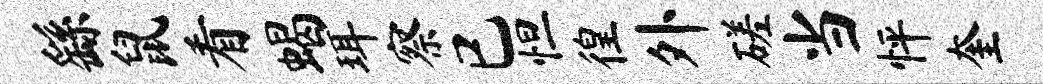
繇鼠看蝎珥察已怛徨外磋当怦奎